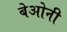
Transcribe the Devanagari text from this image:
बेओनी